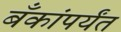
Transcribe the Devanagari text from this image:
बँकांपर्यंत